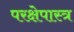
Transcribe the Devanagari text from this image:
परक्षेपास्त्र